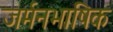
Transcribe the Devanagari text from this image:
जर्मनभाषिक